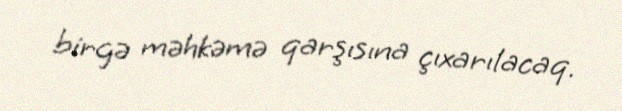
birgə məhkəmə qarşısına çıxarılacaq.